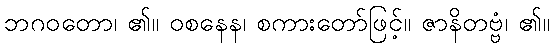
ဘဂဝတော၊ ၏။ ဝစနေန၊ စကားတော်ဖြင့်။ ဇာနိတဗ္ဗံ၊ ၏။